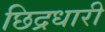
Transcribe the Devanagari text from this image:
छिद्रधारी